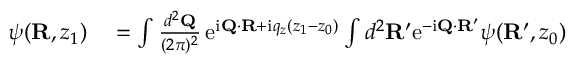
\begin{array} { r l } { \psi ( { \bf R } , z _ { 1 } ) } & { { } = \int \frac { d ^ { 2 } { \bf Q } } { ( 2 \pi ) ^ { 2 } } \, \mathrm { e } ^ { \mathrm { i } { \bf Q } \cdot { \bf R } + \mathrm { i } q _ { z } ( z _ { 1 } - z _ { 0 } ) } \int d ^ { 2 } { \bf R } ^ { \prime } \mathrm { e } ^ { - \mathrm { i } { \bf Q } \cdot { \bf R } ^ { \prime } } \psi ( { \bf R } ^ { \prime } , z _ { 0 } ) } \end{array}